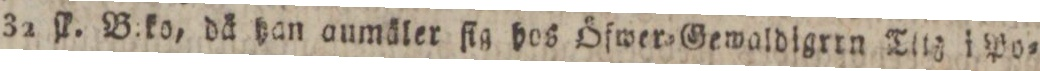
32 ſk. B:ko, dä han aumäler ſig hos Öfwer=Gewaldigrrn Titz i Po=